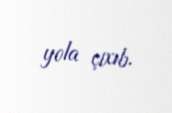
yola çıxıb.